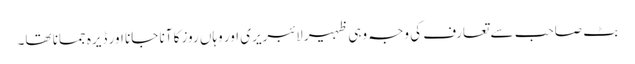
بٹ صاحب سے تعارف کی وجہ وہی ظہیر لائبریری اور وہاں روز کا آنا جانا اور ڈیرہ جمانا تھا۔